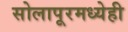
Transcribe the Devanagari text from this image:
सोलापूरमध्येही